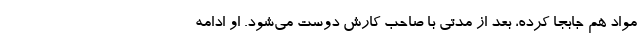
مواد هم جابجا کرده، بعد از مدتی با صاحب کارش دوست می‌شود. او ادامه